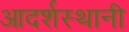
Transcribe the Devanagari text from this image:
आदर्शस्थानी